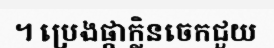
។ ប្រេងផ្កាក្លិនចេកជួយ